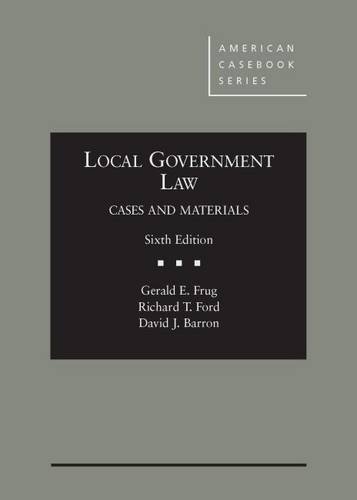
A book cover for Local Government Law (American Casebook Series); Gerald Frug; Law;